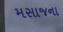
મસાજના